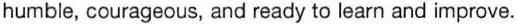
humble, courageous, and ready to learn and improve.